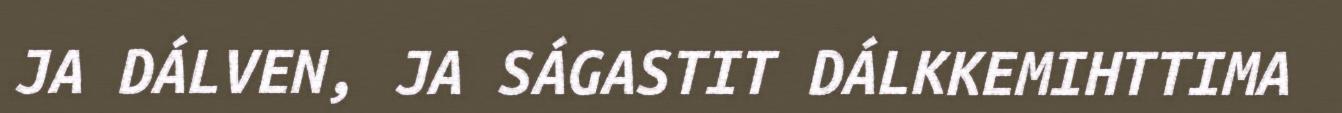
JA DÁLVEN, JA SÁGASTIT DÁLKKEMIHTTIMA